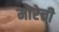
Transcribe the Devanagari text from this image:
मोरेत्ती